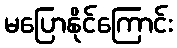
မပြောနိုင်ကြောင်း